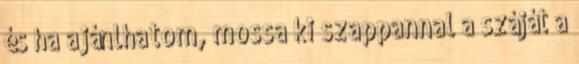
és ha ajánlhatom, mossa ki szappannal a száját a